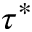
\tau ^ { * }